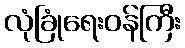
လုံခြုံရေးဝန်ကြီး